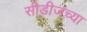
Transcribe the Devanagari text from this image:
सीडीजच्या